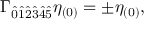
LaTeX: \Gamma _ { \hat { 0 } \hat { 1 } \hat { 2 } \hat { 3 } \hat { 4 } \hat { 5 } } \eta _ { ( 0 ) } = \pm \eta _ { ( 0 ) } ,